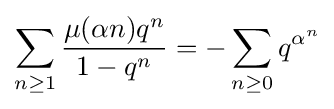
\sum _{n\geq 1}{\frac {\mu (\alpha n)q^{n}}{1-q^{n}}}=-\sum _{n\geq 0}q^{\alpha ^{n}}